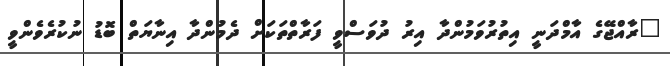
"ރާއްޖޭގެ އާމްދަނީ އިތުރުވަމުންދާ އިރު ދުވަސްވީ ފަރާތްތަކަށް ދެމުންދާ އިނާޔަތް ބޮޑު ނުކުރެވެންވީ